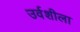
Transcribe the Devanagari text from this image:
उर्वशीला